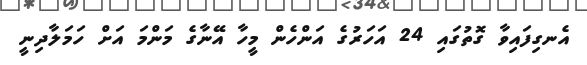
އެނގިފައިވާ ގޮތުގައި 24 އަހަރުގެ އަންހެން މީހާ އޭނާގެ މަންމަ އަށް ހަމަލާދިނީ